Civil Veterinary Department. United Provinces 1912-22 - 1912-1922
Year: 1912
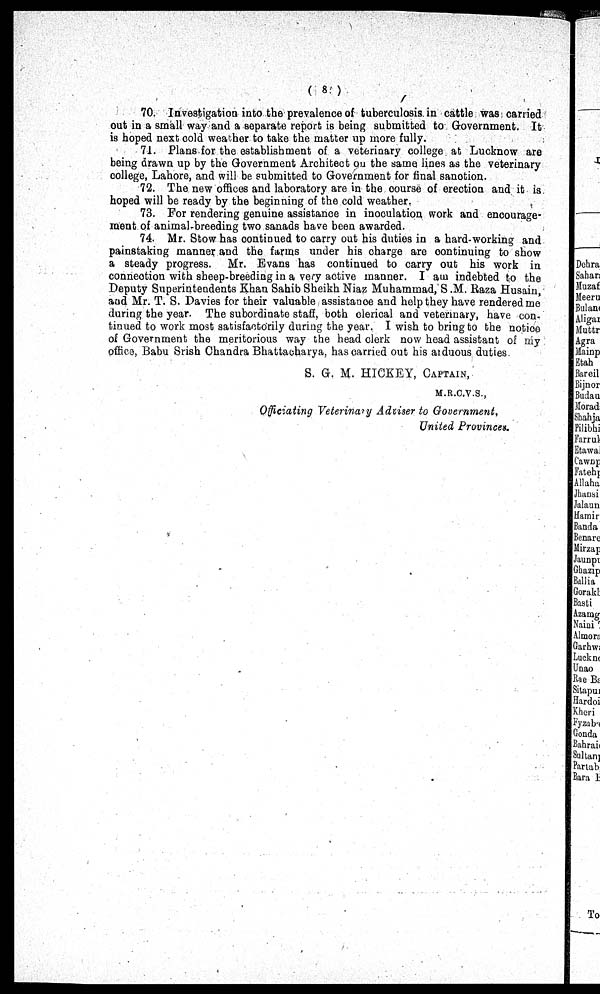
(8)
70 Investigation into the prevalence of tuberculosis in cattle was carried
out in a small way and a separate report is being submitted to Government. It
is hoped next cold weather to take the matter up more fully.
71. Plans for the establishment of a veterinary college at Lucknow are
being drawn up by the Government Architect on the same lines as the veterinary
college, Lahore, and will be submitted to Government for final sanction.
72. The new offices and laboratory are in the course of erection and it is
hoped will be ready by the beginning of the cold weather,
73. For rendering genuine assistance in inoculation work and encourage-
ment of animal-breeding two sanads have been awarded.
74. Mr. Stow has continued to carry out his duties in a hard-working and
painstaking manner and the farms under his charge are continuing to show
a steady progress. Mr. Evans has continued to carry out his work in
connection with sheep-breeding in a very active manner. I am indebted to the
Deputy Superintendents Khan Sahib Sheikh Niaz Muhammad, S .M. Raza Husain,
and Mr. T. S. Davies for their valuable assistance and help they have rendered me
during the year. The subordinate staff, both clerical and veterinary, have con-
tinued to work most satisfactorily during the year. I wish to bring to the notice
of Government the meritorious way the head clerk now head assistant of my
office, Babu Srish Chandra Bhattacharya, has carried out his arduous duties
S. G. M. HICKEY, CAPTAIN,
M.R.C.V.S.,
Officiating Veterinary Adviser to Government,
United Provinces.